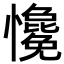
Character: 𢥋